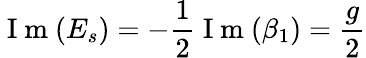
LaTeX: \mathrm{~I~m~}(E_{s})=-\frac{1}{2}\mathrm{~I~m~}(\beta_{1})=\frac{g}{2}